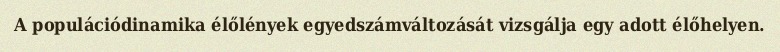
A populációdinamika élőlények egyedszámváltozását vizsgálja egy adott élőhelyen.